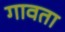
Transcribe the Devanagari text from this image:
गावता